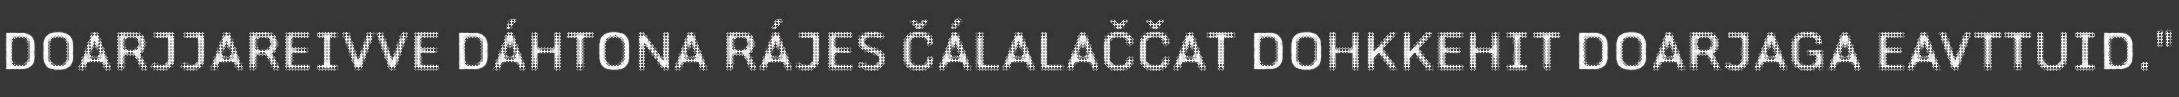
DOARJJAREIVVE DÁHTONA RÁJES ČÁLALAČČAT DOHKKEHIT DOARJAGA EAVTTUID."